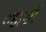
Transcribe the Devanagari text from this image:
पहाङों